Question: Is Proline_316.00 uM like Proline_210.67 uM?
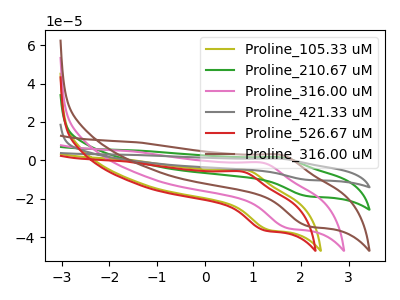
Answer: <think>The olive curve "Proline_105.33 uM" has an anodic peak at (0.85V, -5.00uA) and a cathodic peak at (1.35V, -36.30uA). The green curve "Proline_210.67 uM" has an anodic peak at (1.60V, 1.55uA) and a cathodic peak at (2.15V, -18.70uA). The pink curve "Proline_316.00 uM" has an anodic peak at (1.20V, -1.25uA) and a cathodic peak at (1.70V, -35.30uA). The gray curve "Proline_421.33 uM" has an anodic peak at (1.60V, 3.15uA) and a cathodic peak at (2.15V, -37.35uA). The red curve "Proline_526.67 uM" has an anodic peak at (0.80V, -5.85uA) and a cathodic peak at (1.25V, -36.50uA). The brown curve "Proline_316.00 uM" has an anodic peak at (1.60V, 2.90uA) and a cathodic peak at (2.15V, -34.25uA).
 All the peaks in "Proline_316.00 uM" have a peak in "Proline_210.67 uM" at the same potential. Every peak in "Proline_316.00 uM" is higher than every peak in "Proline_210.67 uM".</think>
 <answer>"Proline_316.00 uM" and "Proline_210.67 uM" are similar in shape.</answer>
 <eval>same_shape</eval>